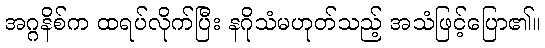
အဂ္ဂနိစ်က ထရပ်လိုက်ပြီး နဂိုသံမဟုတ်သည့် အသံဖြင့်ပြော၏။